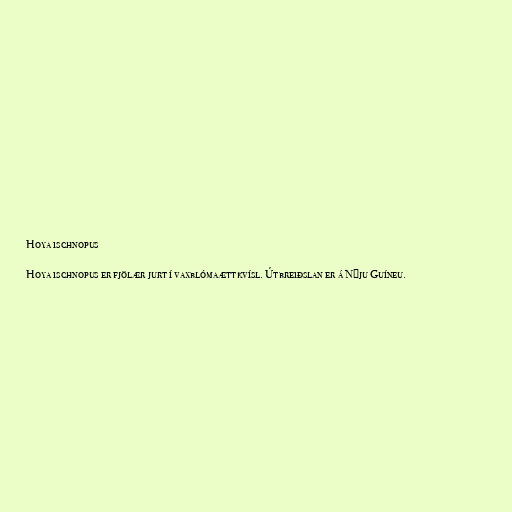
Hoya ischnopus

Hoya ischnopus er fjölær jurt í vaxblómaættkvísl. Útbreiðslan er á Nýju Guíneu.